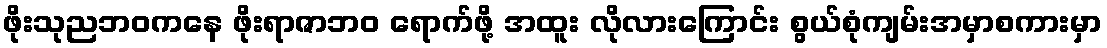
ဖိုးသုညဘဝကနေ ဖိုးရာဇာဘဝ ရောက်ဖို့ အထူး လိုလားကြောင်း စွယ်စုံကျမ်းအမှာစကားမှာ